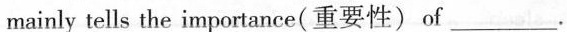
mainly tells the importance(重要性)of\underline.